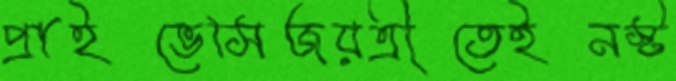
প্রাইভেসিজয়ত্রীতেইনস্ট